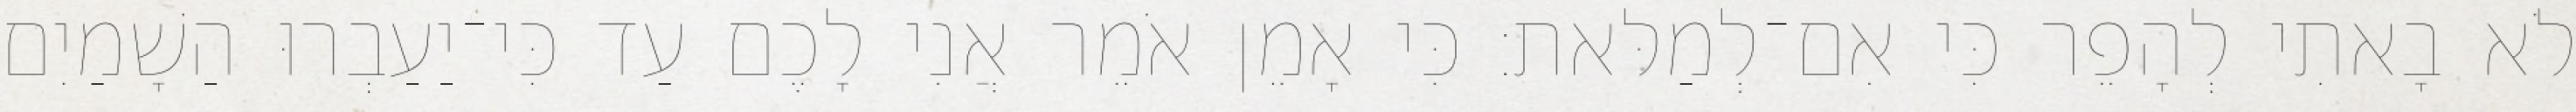
לֹא בָאתִי לְהָפֵר כִּי אִם־לְמַלּאת׃ כִּי אָמֵן אֹמֵר אֲנִי לָכֶם עַד כִּי־יַעַבְרוּ הַשָׁמַיִם